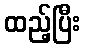
ထည့်ပြီး